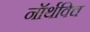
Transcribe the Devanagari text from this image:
नॉर्थविच